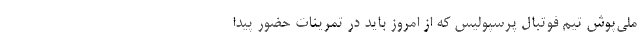
ملی‌پوش تیم فوتبال پرسپولیس که از امروز باید در تمرینات حضور پیدا